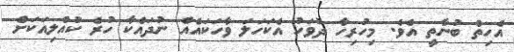
އެހިތް ބުނާތީ އެވެ. މިހުރިހާ ދުވަހު އެކަހަލަ ވާހަކައެއް ނުދައްކާ ހުރެ ކުއްލިއަކަށް